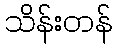
သိန်းတန်